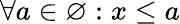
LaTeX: \forall a\in\varnothing:x\leq a